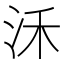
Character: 𣲲